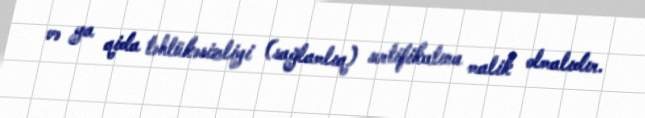
və ya qida təhlükəsizliyi (sağlamlıq) sertifikatına malik olmalıdır.